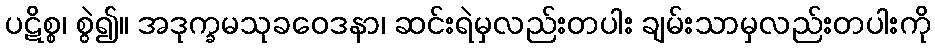
ပဋိစ္စ၊ စွဲ၍။ အဒုက္ခမသုခဝေဒနာ၊ ဆင်းရဲမှလည်းတပါး ချမ်းသာမှလည်းတပါးကို